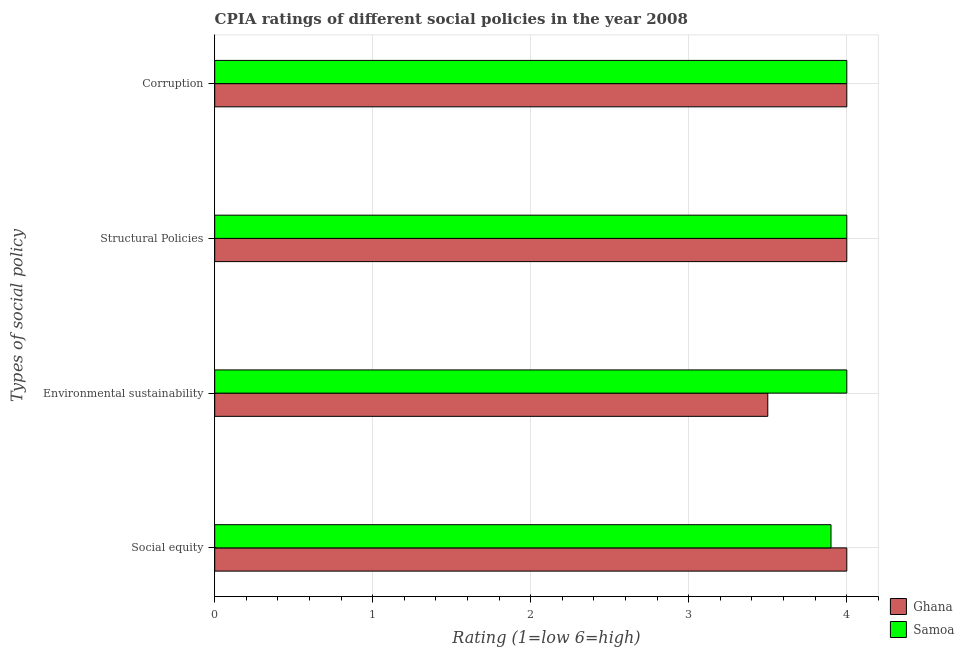
| Types of social policy | Ghana | Samoa |
 | --- | --- | --- |
 | Social equity | 4 | 3.9 |
 | Environmental sustainability | 3.5 | 4 |
 | Structural Policies | 4 | 4 |
 | Corruption | 4 | 4 |